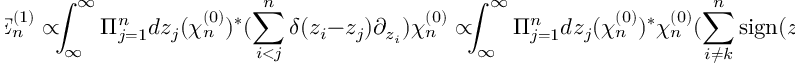
\! \! \! { \cal E } _ { n } ^ { ( 1 ) } \propto \! \! \! \int _ { \infty } ^ { \infty } \Pi _ { j = 1 } ^ { n } d z _ { j } ( \chi _ { n } ^ { ( 0 ) } ) ^ { * } ( \sum _ { i < j } ^ { n } \delta ( z _ { i } - z _ { j } ) \partial _ { z _ { i } } ) \chi _ { n } ^ { ( 0 ) } \propto \! \! \! \int _ { \infty } ^ { \infty } \Pi _ { j = 1 } ^ { n } d z _ { j } ( \chi _ { n } ^ { ( 0 ) } ) ^ { * } \chi _ { n } ^ { ( 0 ) } ( \sum _ { i \neq k } ^ { n } \mathrm { s i g n } ( z _ { i } - z _ { k } ) ) = 0 ,